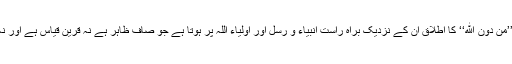
اس صورت میں ’’مِنْ دُوْنِ اللهِ‘‘ کا اطلاق ان کے نزدیک براهِ راست انبیاء و رسل اور اولیاء اللہ پر ہوتا ہے جو صاف ظاہر ہے نہ قرینِ قیاس ہے اور نہ تقاضائے توحید۔